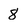
Character: 8